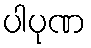
ပါပုဏ